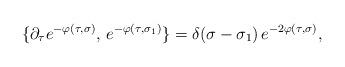
LaTeX: \begin{align*}\{ \partial_\tau e^{-\varphi(\tau, \sigma)},\,e^{-\varphi (\tau, \sigma_1)}\}=\delta(\sigma-\sigma_1)\, e^{-2\varphi(\tau, \sigma)},\end{align*}